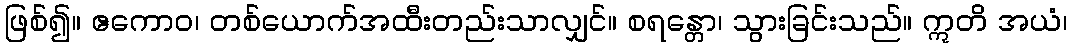
ဖြစ်၍။ ဧကောဝ၊ တစ်ယောက်အထီးတည်းသာလျှင်။ စရန္တော၊ သွားခြင်းသည်။ ဣတိ အယံ၊